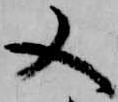
又